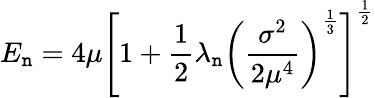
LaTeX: E_{\mathtt{n}}=4\mu{\left[1+\frac{{1}}{{2}}\lambda_{\mathtt{n}}{\left(\frac{{\sigma^{2}}}{{2\mu^{4}}}\right)}^{\frac{{1}}{{3}}}\right]}^{\frac{{1}}{{2}}}